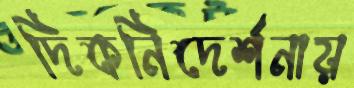
দিকনিদের্শনায়